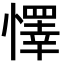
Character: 懌